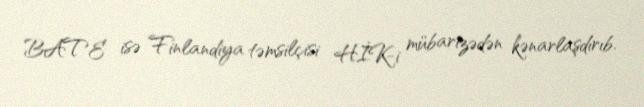
BATE isə Finlandiya təmsilçisi HİK-i mübarizədən kənarlaşdırıb.